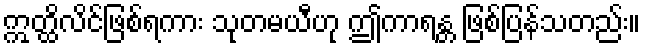
ဣတ္ထိလိင်ဖြစ်ရကား သုတမယီဟု ဤကာရန္တ ဖြစ်ပြန်သတည်း။